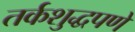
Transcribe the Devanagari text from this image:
तर्कशुद्धपणे